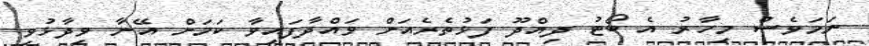
ނަމަވެސް މިހާރު އެ ބޯޓު ދިއްދޫ ފަޅުތެރެއަށް ވައްދާފައިވާ ކަމަށް އޭނާ ވިދާޅުވި